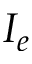
I _ { e }